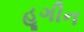
હૂગીન